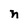
Character: n